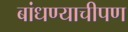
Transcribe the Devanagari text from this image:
बांधण्याचीपण